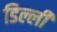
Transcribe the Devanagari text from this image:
डिल्ली